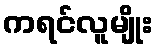
ကရင်လူမျိုး